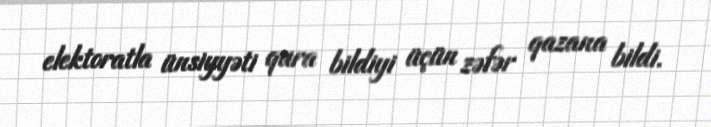
elektoratla ünsiyyəti qura bildiyi üçün zəfər qazana bildi.